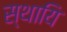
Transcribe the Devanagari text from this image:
स्थायि